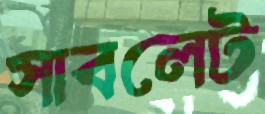
সাবলেট